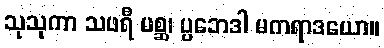
သုသုကာ သဖရီ မစ္ဆ၊ ပ္ပဘေဒါ မကရာဒယော။